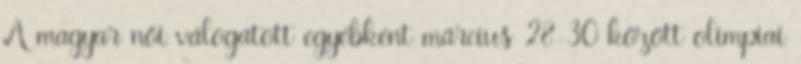
A magyar női válogatott egyébként március 28-30 között olimpiai